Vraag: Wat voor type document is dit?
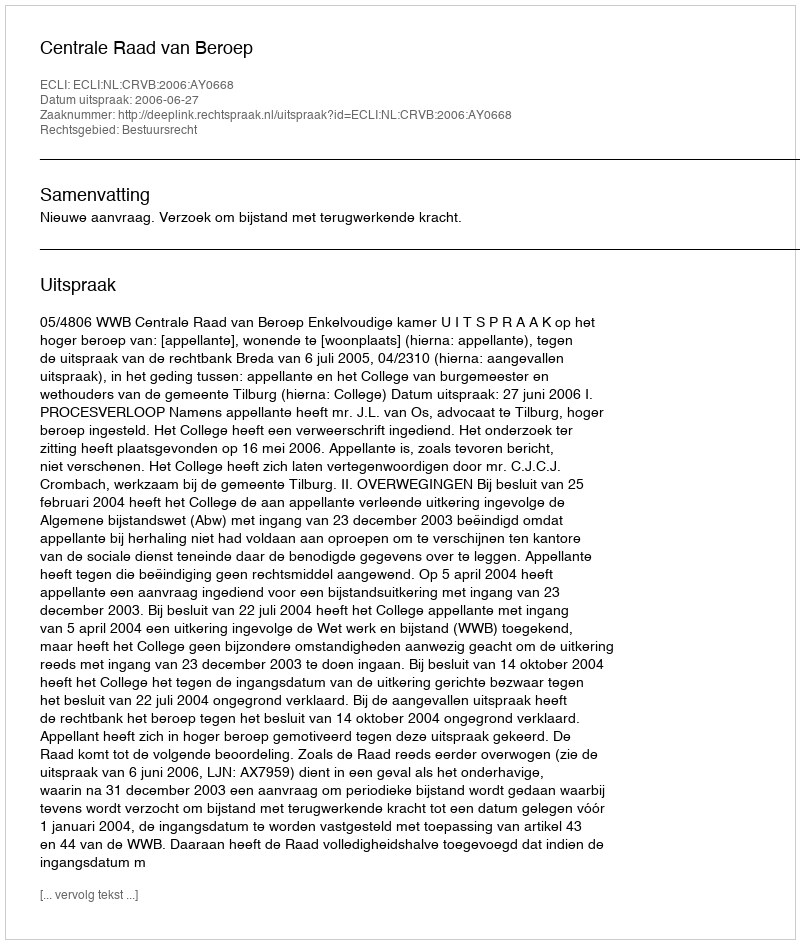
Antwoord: Uitspraak